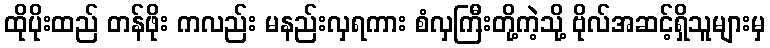
ထိုပိုးထည် တန်ဖိုး ကလည်း မနည်းလှရကား စံလှကြီးတို့ကဲ့သို့ ဗိုလ်အဆင့်ရှိသူများမှ